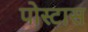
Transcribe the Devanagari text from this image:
पोस्टास